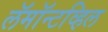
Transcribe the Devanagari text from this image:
लॅमॉन्टव्हिल